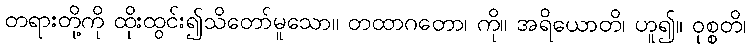
တရားတို့ကို ထိုးထွင်း၍သိတော်မူသော။ တထာဂတော၊ ကို။ အရိယောတိ၊ ဟူ၍။ ဝုစ္စတိ၊